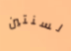
لسنتين